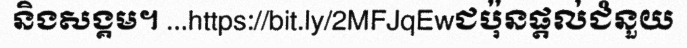
និងសង្គម។ ...https://bit.ly/2MFJqEwជប៉ុនផ្តល់ជំនួយ